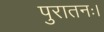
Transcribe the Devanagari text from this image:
पुरातनः।